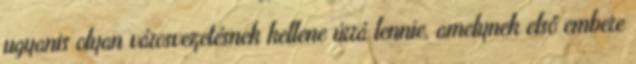
ugyanis olyan városvezetésnek kellene úrrá lennie, amelynek első embere